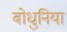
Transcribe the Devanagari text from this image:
बोधुनिया